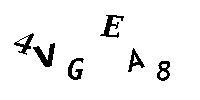
4VGEA8